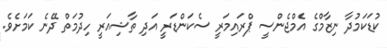
ކުޑަކަމުދާ ނިޒާމްގެ އެމްޖެންސީ ޕްރައިމަރީ ސެކަންޑަރީ އަދި ތާޝިއަރީ ހިދުމަތް ދޭނެ ކަމަށެވެ.